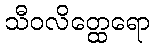
သီဝလိတ္ထေရော